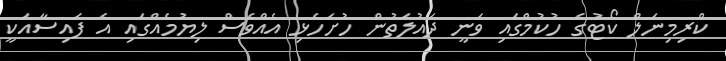
ކްރިމިނަލް ކޯޓުގެ ހުކުމްގައި ވަނީ ދައުލަތުން ހުށަހެޅި އެއްވެސް ލިޔުމެއްގައި އެ ފައިސާއަކީ